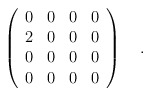
\begin{align*}\left( \begin{array}{cccc}{0} & {0} & {0} & {0} \\ 2 & 0 & 0 & 0 \\ 0 & 0 & 0 & 0 \\ 0 & 0 & 0 & 0\end{array}\right) \quad . \end{align*}